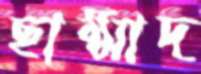
ছাম্মাদ